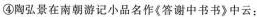
④陶弘景在南朝游记小品名作《答谢中书书》中云：